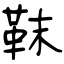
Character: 靺